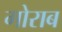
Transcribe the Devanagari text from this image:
गोराब